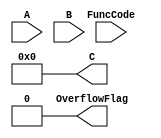
module ALU #(parameter data_width = 16) (
	input [data_width - 1 : 0] A, 
	input [data_width - 1 : 0] B, 
	input [3 : 0] FuncCode,
	output reg [data_width - 1: 0] C,
	output reg OverflowFlag);
// Do not use delay in your implementation.

// You can declare any variables as needed.
/*
	YOUR VARIABLE DECLARATION...
*/

initial begin
	C = 0;
	OverflowFlag = 0;
end   	

// TODO: You should implement the functionality of ALU!
// (HINT: Use 'always @(...) begin ... end')
/*
	YOUR ALU FUNCTIONALITY IMPLEMENTATION...
*/

endmodule